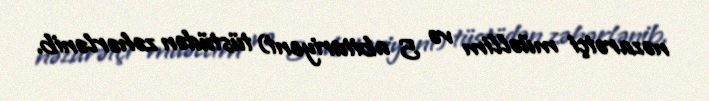
nəzarətçi müəllim və 5 abituriyent) tüstüdən zəhərlənib.